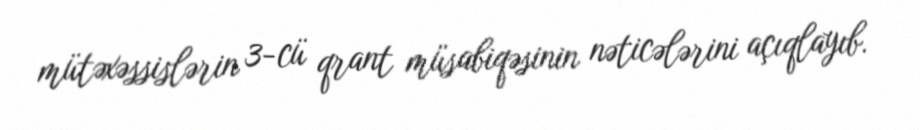
mütəxəssislərin 3-cü qrant müsabiqəsinin nəticələrini açıqlayıb.